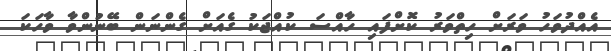
އެއްދުވަހު ވަރަށް ހިތްވަރު ކޮށްފައި ހާއްސަ ކުއްޖަކު ގެއަށް ގެންނަން ބޭނުންވާ ވާހަކަ